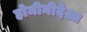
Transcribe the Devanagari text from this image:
होमीनीदेआ